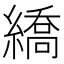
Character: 繑